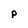
Character: p